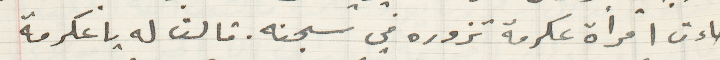
جاءت امرأة عكرمة تزوره في سجنه. قالت له يا عكرمة